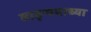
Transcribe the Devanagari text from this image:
वाङ्‍मयाच्या